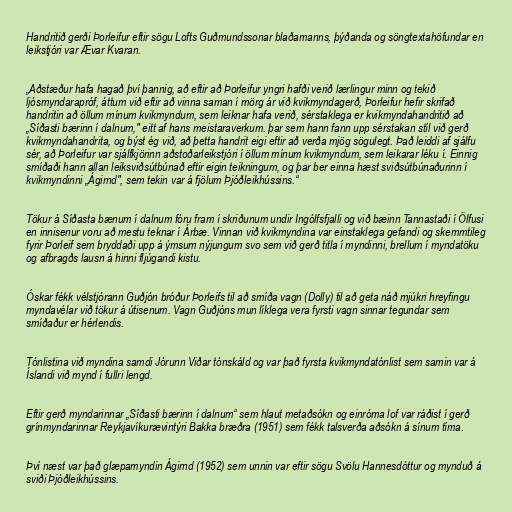
Handritið gerði Þorleifur eftir sögu Lofts Guðmundssonar blaðamanns, þýðanda og söngtextahöfundar en
leikstjóri var Ævar Kvaran.

„Aðstæður hafa hagað því þannig, að eftir að Þorleifur yngri hafði verið lærlingur minn og tekið
ljósmyndarapróf, áttum við eftir að vinna saman í mörg ár við kvikmyndagerð, Þorleifur hefir skrifað
handritin að öllum mínum kvikmyndum, sem leiknar hafa verið, sérstaklega er kvikmyndahandritið að
„Síðasti bærinn í dalnum," eitt af hans meistaraverkum. þar sem hann fann upp sérstakan stíl við gerð
kvikmyndahandrita, og býst ég við, að þetta handrit eigi eftir að verða mjög sögulegt. Það leiddi af sjálfu
sér, að Þorleifur var sjálfkjörinn aðstoðarleikstjóri í öllum mínum kvikmyndum, sem leikarar léku í. Einnig
smíðaði hann allan leiksviðsútbúnað eftir eigin teikningum, og þar ber einna hæst sviðsútbúnaðurinn í
kvikmyndinni „Ágirnd", sem tekin var á fjölum Þjóðleikhússins.“

Tökur á Síðasta bænum í dalnum fóru fram í skriðunum undir Ingólfsfjalli og við bæinn Tannastaði í Ölfusi
en innisenur voru að mestu teknar í Árbæ. Vinnan við kvikmyndina var einstaklega gefandi og skemmtileg
fyrir Þorleif sem bryddaði upp á ýmsum nýjungum svo sem við gerð titla í myndinni, brellum í myndatöku
og afbragðs lausn á hinni fljúgandi kistu.

Óskar fékk vélstjórann Guðjón bróður Þorleifs til að smíða vagn (Dolly) til að geta náð mjúkri hreyfingu
myndavélar við tökur á útisenum. Vagn Guðjóns mun líklega vera fyrsti vagn sinnar tegundar sem
smíðaður er hérlendis.

Tónlistina við myndina samdi Jórunn Viðar tónskáld og var það fyrsta kvikmyndatónlist sem samin var á
Íslandi við mynd í fullri lengd.

Eftir gerð myndarinnar „Síðasti bærinn í dalnum“ sem hlaut metaðsókn og einróma lof var ráðist í gerð
grínmyndarinnar Reykjavíkurævintýri Bakka bræðra (1951) sem fékk talsverða aðsókn á sínum tíma.

Því næst var það glæpamyndin Ágirnd (1952) sem unnin var eftir sögu Svölu Hannesdóttur og mynduð á
sviði Þjóðleikhússins.